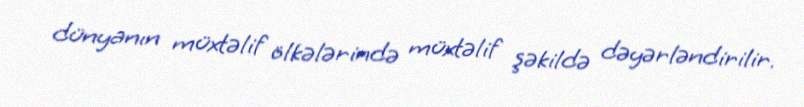
dünyanın müxtəlif ölkələrində müxtəlif şəkildə dəyərləndirilir.